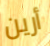
أرين